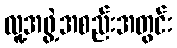
လူ့အဖွဲ့အစည်းအတွင်း